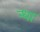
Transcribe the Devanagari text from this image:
न्धा